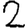
Digit: 2